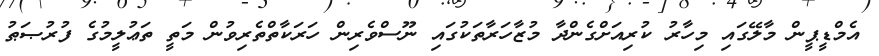
އެމްޑީޕީން މާލޭގައި މިހާރު ކުރިއަށްގެންދާ މުޒާހަރާތަކުގައި ނޫސްވެރިން ހަރަކާތްތެރިވުން މަތީ ތަޢުލީމުގެ ފުރުޞަޠު